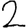
Digit: 2